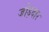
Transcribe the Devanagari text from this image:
जोड़दार